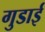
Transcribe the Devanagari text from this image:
गुडाई